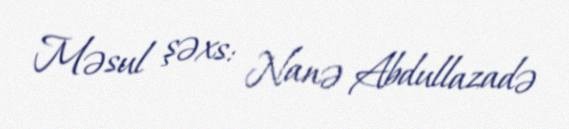
Məsul şəxs: Nanə Abdullazadə